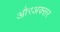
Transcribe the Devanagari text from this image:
औरअक्सर